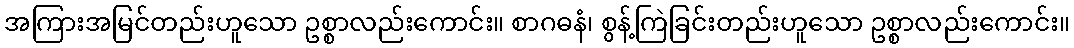
အကြားအမြင်တည်းဟူသော ဥစ္စာလည်းကောင်း။ စာဂဓနံ၊ စွန့်ကြဲခြင်းတည်းဟူသော ဥစ္စာလည်းကောင်း။